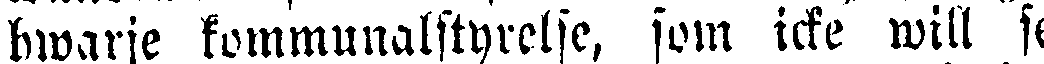
hwarje kommunalstyrelse, som icke will se